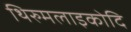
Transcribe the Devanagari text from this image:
थिरुमलाइकोदि